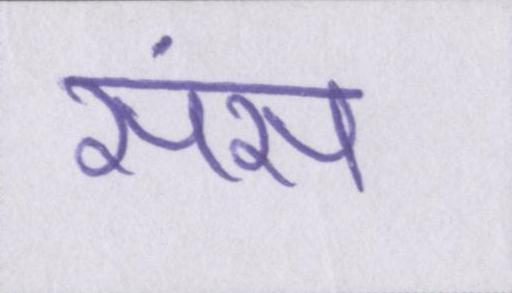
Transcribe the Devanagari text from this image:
संस